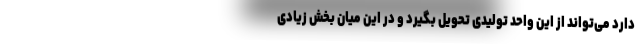
دارد می‌تواند از این واحد تولیدی تحویل بگیرد و در این میان بخش زیادی